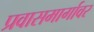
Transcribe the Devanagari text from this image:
प्रवासमार्गावर